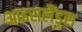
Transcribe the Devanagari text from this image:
आइसलैंड्स